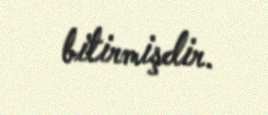
bitirmişdir.